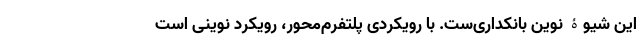
این شیوۀ نوین بانکداری‌ست. با رویکردی پلتفرم‌محور، رویکرد نوینی است